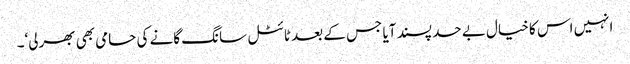
انہیں اس کا خیال بے حد پسند آیا جس کے بعد ٹائٹل سانگ گانے کی حامی بھی بھرلی‘۔